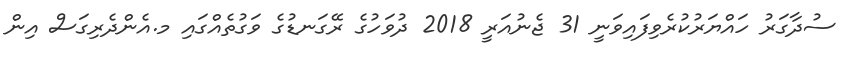
ސުދާގަރު ހައްޔަރުކުރެވިފައިވަނީ 31 ޖެނުއަރީ 2018 ދުވަހުގެ ރޭގަނޑުގެ ވަގުތެއްގައި މ.އެންދެރިގަސް އިން